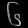
Digit: ၆